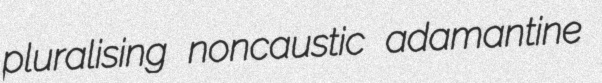
pluralising noncaustic adamantine